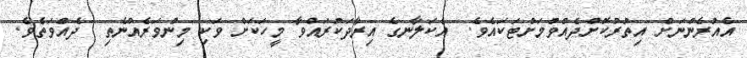
އެއުރެންނަށް އިތުރުކޮށްދެއްވުމަށްޓަކައެވެ.  އެކަލާނގެ އިރާދަކުރައްވާ މީހަކަށް ވަކި މިންވަރެއްނެތި  ދެއްވަތެވެ.